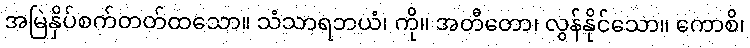
အမြဲနှိပ်စက်တတ်ထသော။ သံသာရဘယံ၊ ကို။ အတီတော၊ လွန်နိုင်သော။ ကောစိ၊